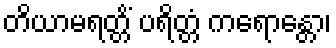
တိယာမရတ္တိံ ပရိတ္တံ ကရောန္တော၊